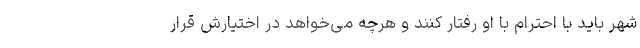
شهر باید با احترام با او رفتار کنند و هرچه می‌خواهد در اختیارش قرار